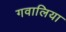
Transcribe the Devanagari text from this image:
गवालिया